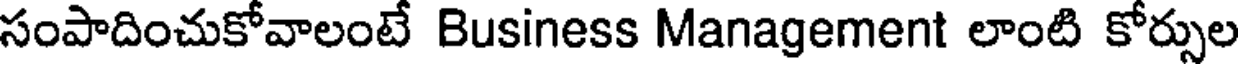
సంపాదించుకోవాలంటే Business Management లాంటి కోర్సుల